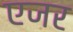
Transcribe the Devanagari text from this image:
एजर